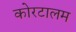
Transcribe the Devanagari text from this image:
कोरटालम